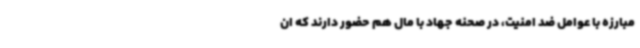
مبارزه با عوامل ضد امنیت، در صحنه جهاد با مال هم حضور دارند که ان